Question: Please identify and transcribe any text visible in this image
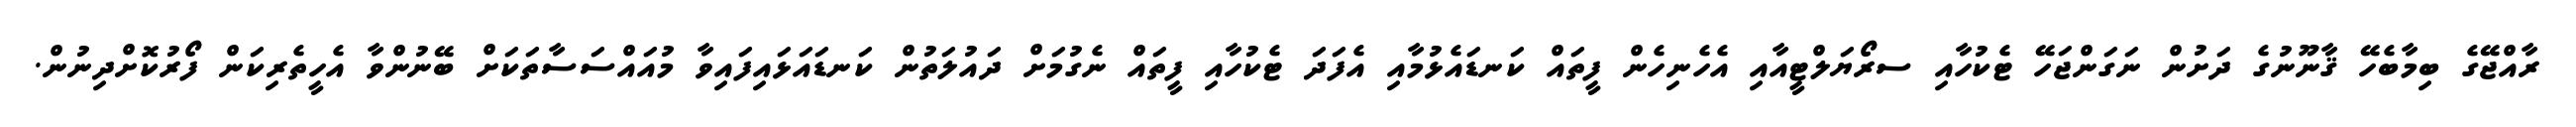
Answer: ރާއްޖޭގެ ބިމާބެހޭ ޤާނޫނުގެ ދަށުން ނަގަންޖަހޭ ޓެކުހާއި ސރޯޔަލްޓީއާއި އެހެނިހެން ފީތައް ކަނޑައެޅުމާއި އެފަދަ ޓެކުހާއި ފީތައް ނެގުމަށް ދައުލަތުން ކަނޑައަޅައިފައިވާ މުއައްސަސާތަކަށް ބޭނުންވާ އެހީތެރިކަން ފޯރުކޮށްދިނުން.